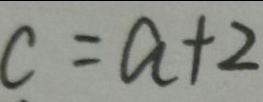
c = a + 2